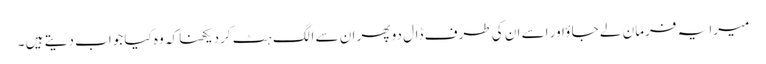
میرا یہ فرمان لے جا ؤاور اسے ان کی طرف ڈال دو پھر ان سے الگ ہٹ کردیکھنا کہ وہ کیا جواب دیتے ہیں ۔